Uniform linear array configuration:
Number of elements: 16
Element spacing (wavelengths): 1
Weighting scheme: kaiser
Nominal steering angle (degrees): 45
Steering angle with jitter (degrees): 44.071
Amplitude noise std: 0.05
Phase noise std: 0.05

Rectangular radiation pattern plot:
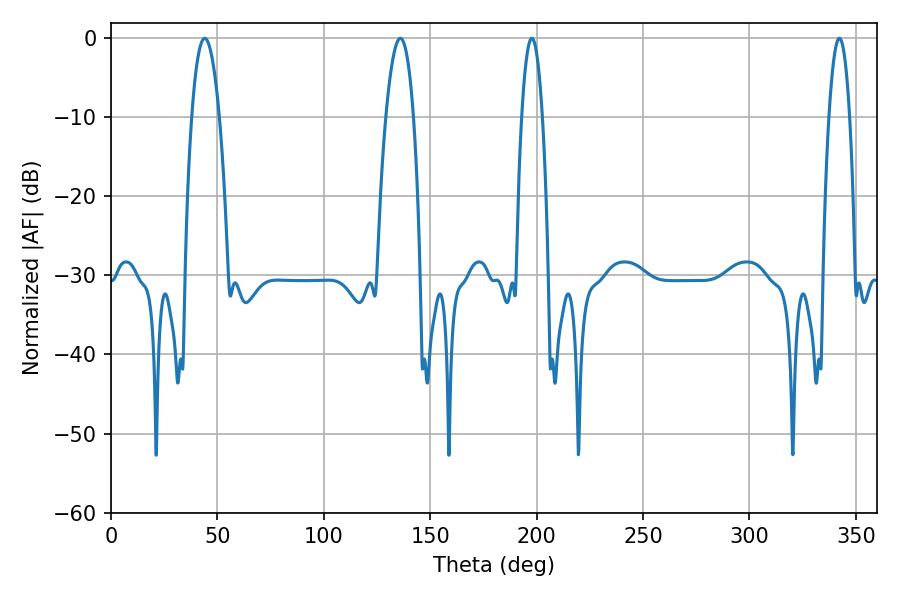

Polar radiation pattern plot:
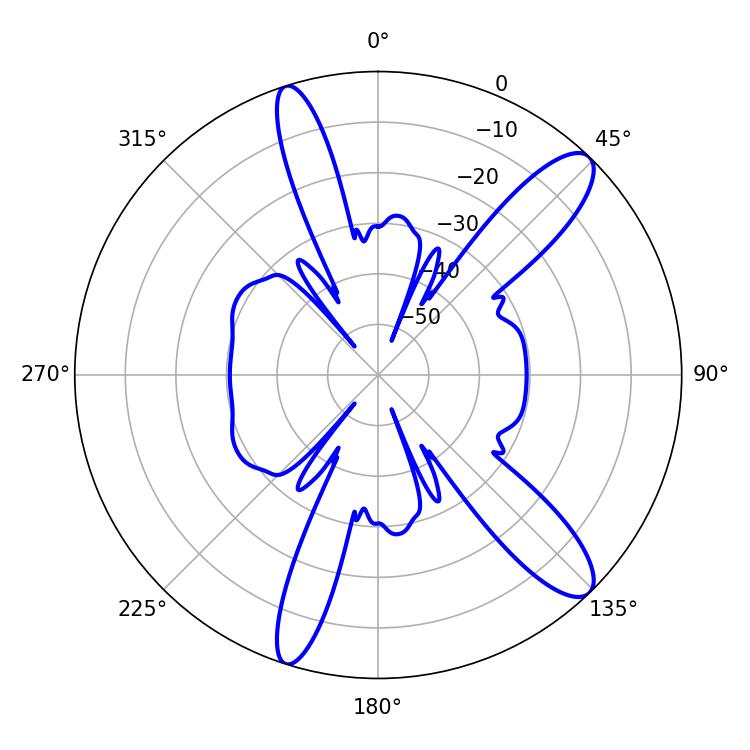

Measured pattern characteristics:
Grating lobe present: TRUE
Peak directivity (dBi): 12.035
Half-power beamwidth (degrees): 7.2
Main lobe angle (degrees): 135.9